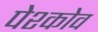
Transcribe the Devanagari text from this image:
पेश्कोव